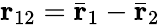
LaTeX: \mathbf{r}_{12}=\bar{\mathbf{r}}_{1}-\bar{\mathbf{r}}_{2}